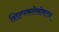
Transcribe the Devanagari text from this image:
शिल्पकलेसोबतच